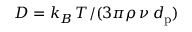
D = k _ { B } \, T / ( 3 \pi \rho \, \nu \, d _ { \mathrm { p } } )